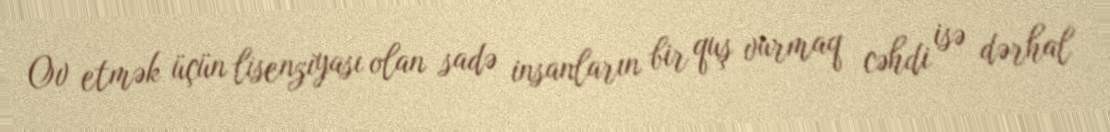
Ov etmək üçün lisenziyası olan sadə insanların bir quş vurmaq cəhdi isə dərhal